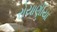
રોયાણીયા